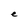
Character: e